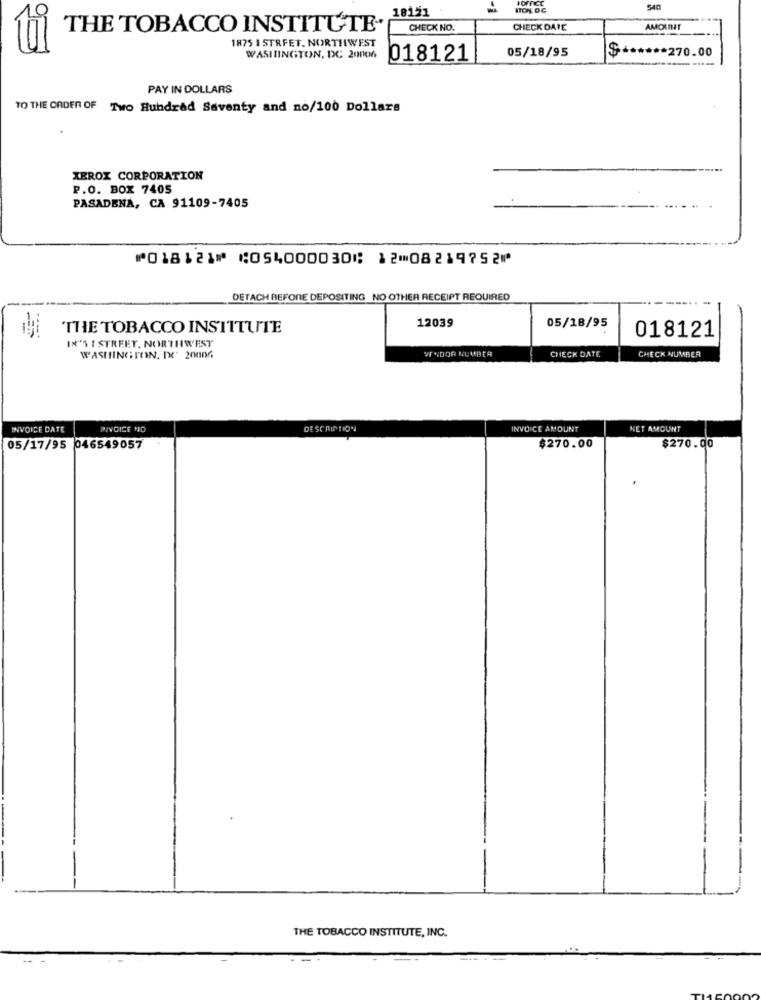
18121
NON OC
soffice
540
THE TOBACCO INSTITUTE.
CHECK NO.
CHECK DATE
AMOUNT
1875 1 STRFET. NORTHWEST
05/18/95
WASHINGTON, DC 20006
018121
$ ****** 270.00
PAY IN DOLLARS
TO THE ORDER OF Two Hundred Seventy and no/100 Dollars
XEROX CORPORATION
P.O. BOX 7405
PASADENA, CA 91109-7405
⑈018121⑈ ⑆054000030⑆ 12⑉08219752⑈
DETACH REFONE DEPOSITING NO OTHER RECEIPT REQUIRED
12039
THE TOBACCO INSTITUTE
05/18/95
IN'S I STREET, NORTHWEST
018121
VENDOR NUMBER
CHECK NUMBER
WASHINGTON. IX. 20006
CHECK DATE
INVOICE DATE
PIVOICE NO
DESCRIPTION
INVOICE AMOUNT
NET AMOUNT
05/17/95 046549057
$270.00
$270.00
THE TOBACCO INSTITUTE, INC.